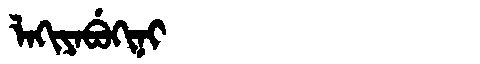
Manchu: ᠯᠠᡴᡳᠶᠠᠪᡠᡴᡳᠨᡳ
Romanization: LAKIYABUKINI